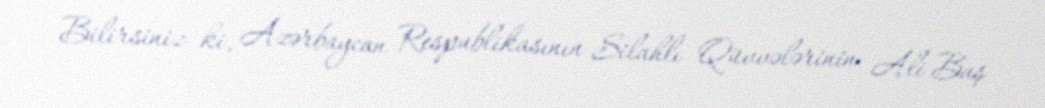
Bilirsiniz ki, Azərbaycan Respublikasının Silahlı Qüvvələrinin Ali Baş